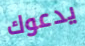
يدعوك